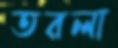
তরলা